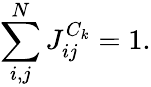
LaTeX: \sum_{i,j}^{N}J_{ij}^{C_{k}}=1.